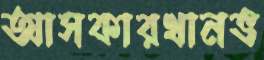
আসকারখানভ